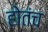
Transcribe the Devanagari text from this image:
होतंच